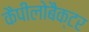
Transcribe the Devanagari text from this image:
कैपीलोबैक्टर